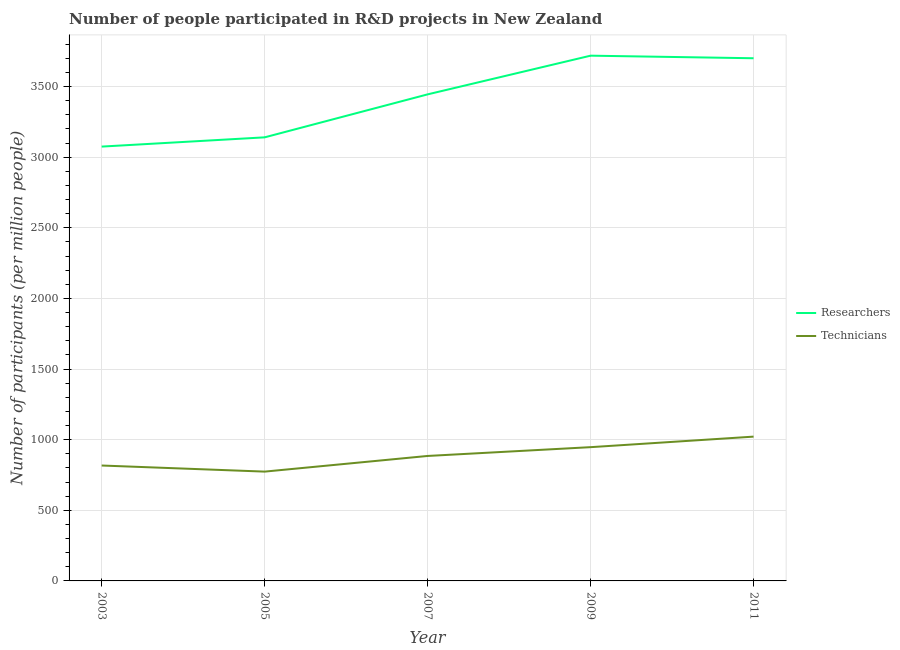
| Year | Researchers | Technicians |
 | --- | --- | --- |
 | 2003 | 3.08e+03 | 817 |
 | 2005 | 3.14e+03 | 774 |
 | 2007 | 3.45e+03 | 885 |
 | 2009 | 3.72e+03 | 947 |
 | 2011 | 3.7e+03 | 1.02e+03 |